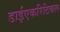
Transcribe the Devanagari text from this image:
डाईएकरिटिकल